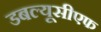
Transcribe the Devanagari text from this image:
डबल्यूसीएफ